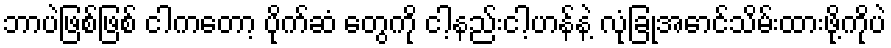
ဘာပဲဖြစ်ဖြစ် ငါကတော့ ပိုက်ဆံ တွေကို ငါ့နည်းငါ့ဟန်နဲ့ လုံခြုံအောင်သိမ်းထားဖို့ကိုပဲ